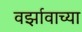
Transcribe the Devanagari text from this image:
वर्झावाच्या